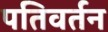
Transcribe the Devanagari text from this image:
पतिवर्तन